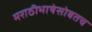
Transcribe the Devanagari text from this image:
मराठीभाषेसोबतच